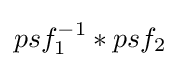
psf_{1}^{-1}*psf_{2}